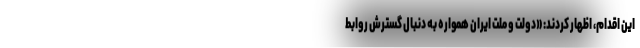
این اقدام، اظهار کردند: «دولت و ملت ایران همواره به دنبال گسترش روابط